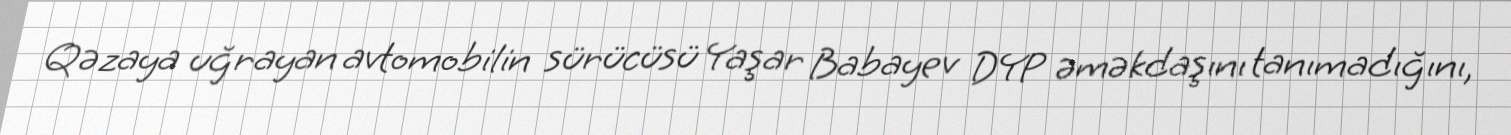
Qəzaya uğrayan avtomobilin sürücüsü Yaşar Babayev DYP əməkdaşını tanımadığını,